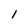
Character: l